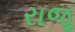
રાજૂ